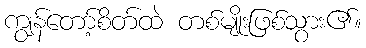
ကျွန်တော့်စိတ်ထဲ တစ်မျိုးဖြစ်သွား၏။